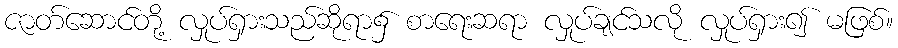
ဇာတ်ဆောင်တို့ လှုပ်ရှားသည်ဆိုရာ၌ စာရေးဆရာ လှုပ်ချင်သလို လှုပ်ရှား၍ မဖြစ်။